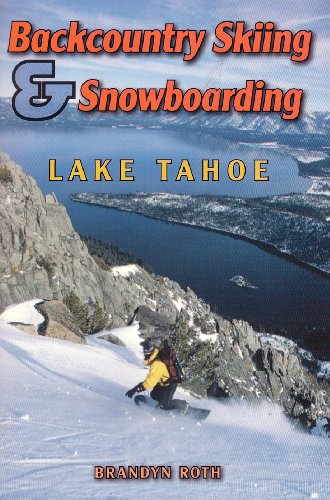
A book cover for Backcountry Skiing & Snowboarding - Lake Tahoe; Brandyn Roth; Sports & Outdoors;